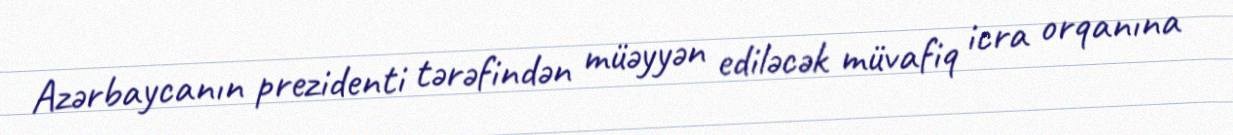
Azərbaycanın prezidenti tərəfindən müəyyən ediləcək müvafiq icra orqanına